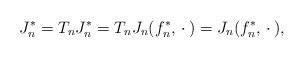
LaTeX: \begin{align*}J_n^{*} = T_n J_n^{*} = T_n J_n(f_n^{*},\,\cdot\,) = J_n(f_n^{*},\,\cdot\,), \end{align*}